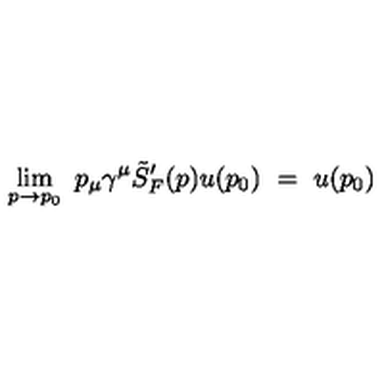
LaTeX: \lim _ { p \rightarrow p _ { 0 } } \ p _ { \mu } \gamma ^ { \mu } \tilde { S } _ { F } ^ { \prime } ( p ) u ( p _ { 0 } ) \ = \ u ( p _ { 0 } )